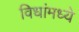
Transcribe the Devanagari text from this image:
विधांमध्ये